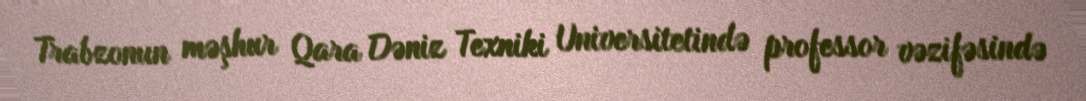
Trabzonun məşhur Qara Dəniz Texniki Universitetində professor vəzifəsində